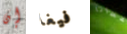
إن فيغا أعطانا